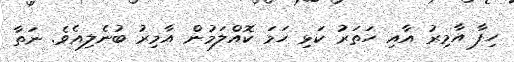
ހިފާ އާމިރު އާއި ހަތަރު ކަޅި ހަމަ ކޮއްލަމުން އާމިރު ބުނެލިއެވެ. ނަތާ